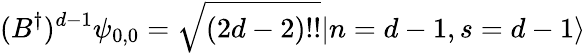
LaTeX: (B^{\dagger})^{d-1}\psi_{0,0}=\sqrt{(2d-2)!!}|n=d-1,s=d-1\rangle